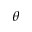
\boldsymbol \theta